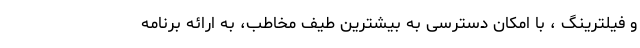
و فیلترینگ ، با امکان دسترسی به بیشترین طیف مخاطب، به ارائه برنامه